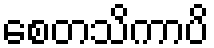
စေတသိကာပိ